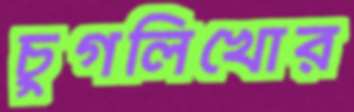
চুগলিখোর